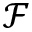
\mathcal { F }